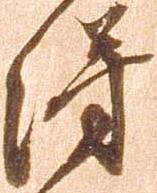
得